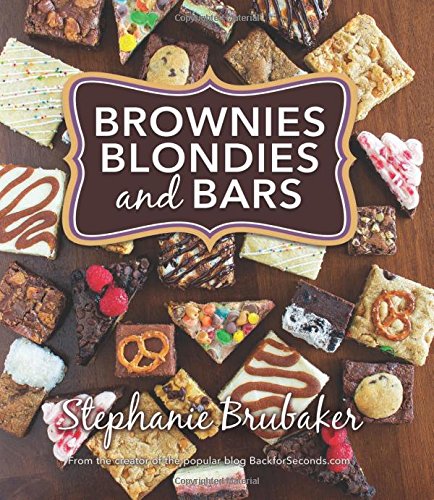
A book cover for Brownies, Blondies, and Bars; Stephanie Brubaker; Cookbooks, Food & Wine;